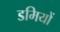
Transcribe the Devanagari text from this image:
डमियों